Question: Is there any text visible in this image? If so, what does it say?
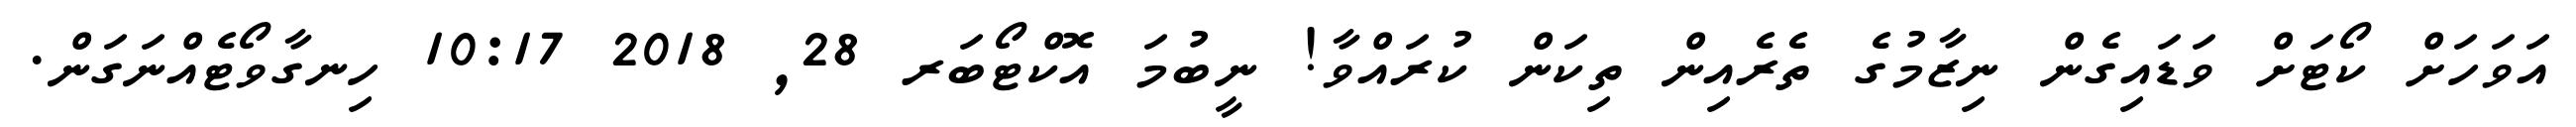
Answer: އަވަހަށް ކޯޓަށް ވަޑައިގެން ނިޒާމުގެ ތެރެއިން ތިކަން ކުރައްވާ! ނީބުމަ އޮކްޓޯބަރ 28, 2018 10:17 ހިނގާވޯޓެއްނަގަން.